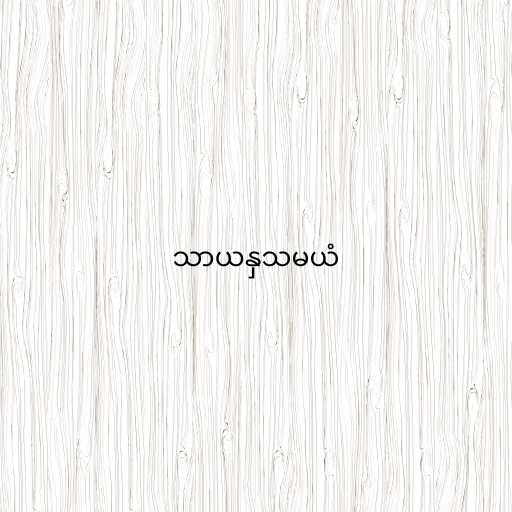
သာယနှသမယံ